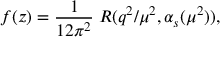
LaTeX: f ( z ) = \frac { 1 } { 1 2 \pi ^ { 2 } } \; R ( q ^ { 2 } / \mu ^ { 2 } , \alpha _ { s } ( \mu ^ { 2 } ) ) ,